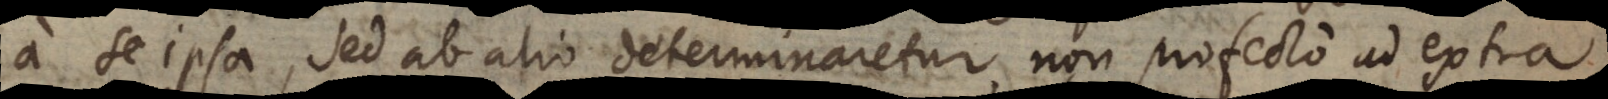
a se ipsa, sed ab alio determinaretur, non profecto ad extra